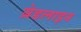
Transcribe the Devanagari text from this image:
ब्रेडलाइन